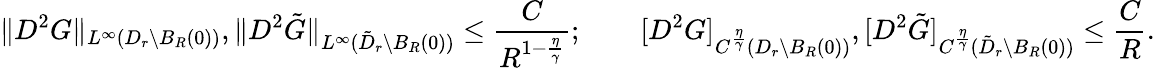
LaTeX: \| D^{2}G\| _{L^{\infty}(D_{r}\setminus B_{R}(0))},\| D^{2}\tilde{G}\| _{L^{\infty}(\tilde{D}_{r}\setminus B_{R}(0))}\le\frac{C}{R^{1-\frac{\eta}{\gamma}}};\qquad[D^{2}G]_{C^{\frac{\eta}{\gamma}}(D_{r}\setminus B_{R}(0))},[D^{2}\tilde{G}]_{C^{\frac{\eta}{\gamma}}(\tilde{D}_{r}\setminus B_{R}(0))}\le\frac{C}{R}.